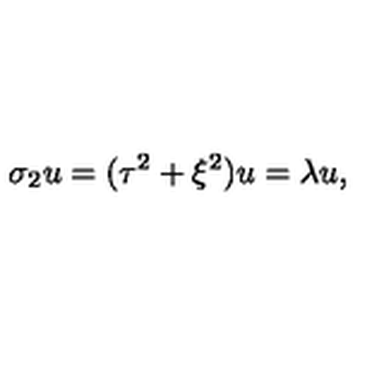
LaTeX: \sigma _ { 2 } u = ( \tau ^ { 2 } + \xi ^ { 2 } ) u = \lambda u ,